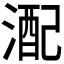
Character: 𪶪